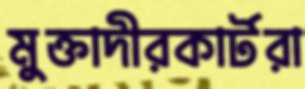
মুক্তাদীরকার্টরা